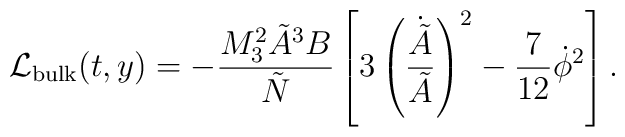
{\cal L}_{\rm   bulk}(t,y)=  -{ M_3^2 \tilde {A}^3 B\over \tilde N}    \left [3 \left({\dot {\tilde A} \over \tilde A}\right)^2    -{7 \over 12} \dot \phi ^2 \right].